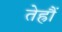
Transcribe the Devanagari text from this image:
तेह्रौं